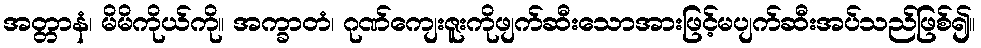
အတ္တာနံ၊ မိမိကိုယ်ကို။ အက္ခာတံ၊ ဂုဏ်ကျေးဇူးကိုဖျက်ဆီးသောအားဖြင့်မပျက်ဆီးအပ်သည်ဖြစ်၍။